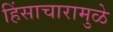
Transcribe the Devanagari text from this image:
हिंसाचारामुळे